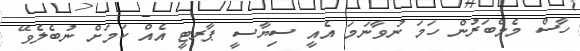
ހާސް މެމްބަރުން ހަމަ ނުވާނަމަ އެއީ ސިޔާސީ ޕާރޓީ އެއް ކަމަށް ނުބެލެވޭ